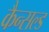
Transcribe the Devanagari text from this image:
कैन्सल्ड